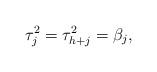
LaTeX: \begin{align*}\tau_j^2 = \tau_{h+j}^2 = \beta_j,\end{align*}